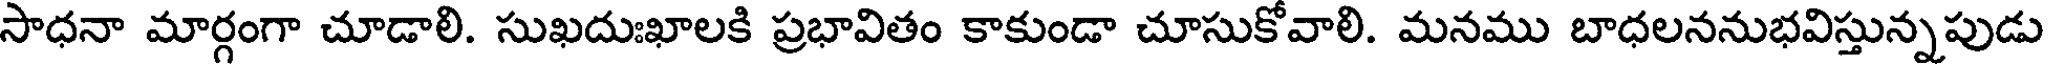
సాధనా మార్గంగా చూడాలి. సుఖదుఃఖాలకి ప్రభావితం కాకుండా చూసుకోవాలి. మనము బాధలననుభవిస్తున్నపుడు